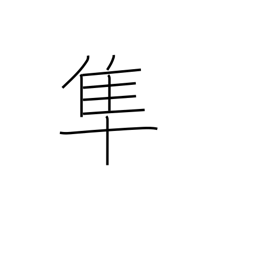
Meaning: falcon